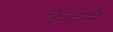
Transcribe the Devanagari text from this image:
कुंडलें